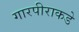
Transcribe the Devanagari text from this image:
गारपीराकडे